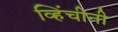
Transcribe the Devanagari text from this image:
व्हिंचीनी